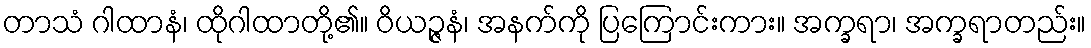
တာသံ ဂါထာနံ၊ ထိုဂါထာတို့၏။ ဝိယဉ္ဇနံ၊ အနက်ကို ပြကြောင်းကား။ အက္ခရာ၊ အက္ခရာတည်း။